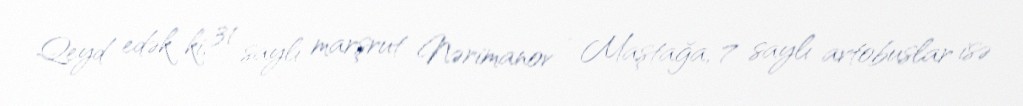
Qeyd edək ki, 31 saylı marşrut Nərimanov - Maştağa, 7 saylı avtobuslar isə